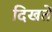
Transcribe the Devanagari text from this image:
दिखतें